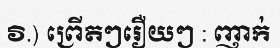
វិ.) ព្រើតៗរឿយៗ : ញាក់